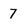
Character: 7